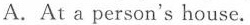
A.At a person's house.